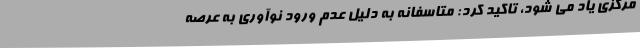
مرکزی یاد می شود، تاکید کرد: متاسفانه به دلیل عدم ورود نوآوری به عرصه